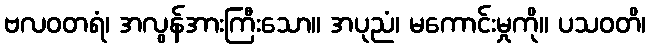
ဗလဝတရံ၊ အလွန်အားကြီးသော။ အပုညံ၊ မကောင်းမှုကို။ ပသဝတိ၊